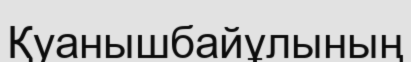
Қуанышбайұлының